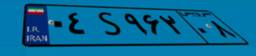
۶۴S۳۸۰۸۹